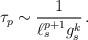
LaTeX: \begin{align*}\tau_p \sim {1\over \ell_s^{p+1} g_s^k}\, .\end{align*}